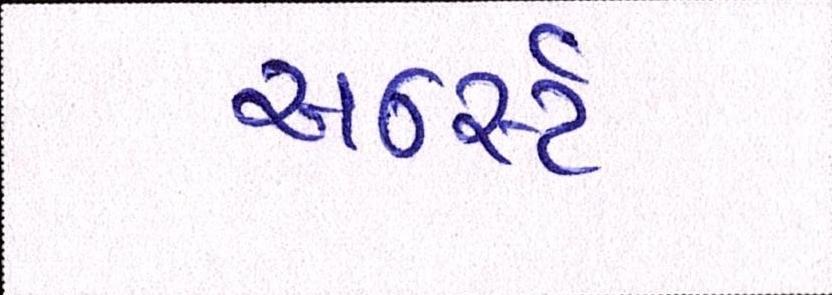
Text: અર્ન્સ્ટ